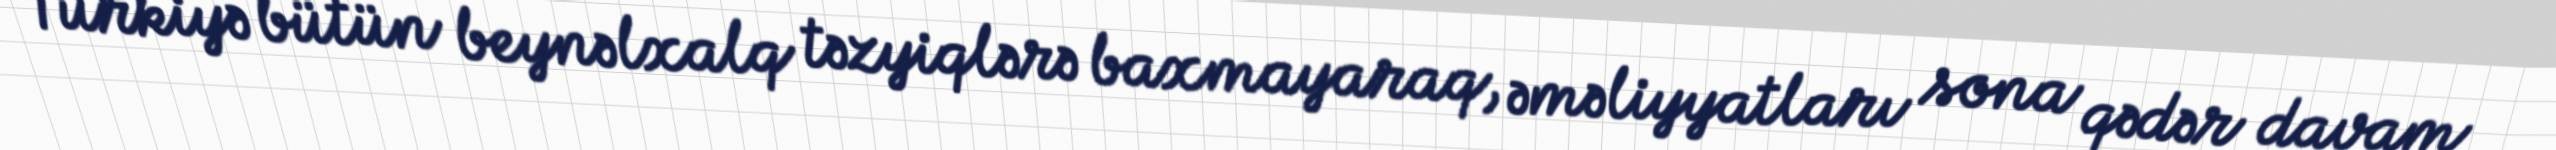
Türkiyə bütün beynəlxalq təzyiqlərə baxmayaraq, əməliyyatları sona qədər davam